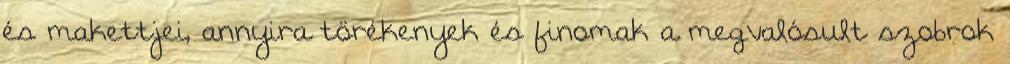
és makettjei, annyira törékenyek és finomak a megvalósult szobrok